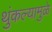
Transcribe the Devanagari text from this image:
थुंकल्यामुळे